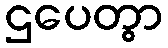
ဌပေတွာ